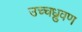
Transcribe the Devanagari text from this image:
उच्चध्रुवण